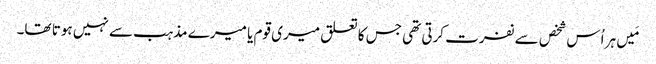
‏ مَیں ہر اُس شخص سے نفرت کرتی تھی جس کا تعلق میری قوم یا میرے مذہب سے نہیں ہوتا تھا۔